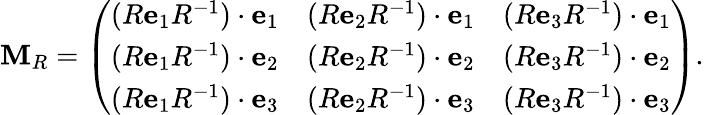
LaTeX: \mathbf{M}_{R}={\left(\begin{array}{lll}{(R\mathbf{e}_{1}R^{-1})\cdot\mathbf{e}_{1}}&{(R\mathbf{e}_{2}R^{-1})\cdot\mathbf{e}_{1}}&{(R\mathbf{e}_{3}R^{-1})\cdot\mathbf{e}_{1}}\\ {(R\mathbf{e}_{1}R^{-1})\cdot\mathbf{e}_{2}}&{(R\mathbf{e}_{2}R^{-1})\cdot\mathbf{e}_{2}}&{(R\mathbf{e}_{3}R^{-1})\cdot\mathbf{e}_{2}}\\ {(R\mathbf{e}_{1}R^{-1})\cdot\mathbf{e}_{3}}&{(R\mathbf{e}_{2}R^{-1})\cdot\mathbf{e}_{3}}&{(R\mathbf{e}_{3}R^{-1})\cdot\mathbf{e}_{3}}\end{array}\right)}.